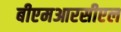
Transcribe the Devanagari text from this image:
बीएमआरसीएल